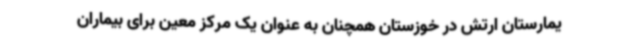
یمارستان ارتش در خوزستان همچنان به عنوان یک مرکز معین برای بیماران